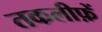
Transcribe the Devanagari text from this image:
तकलीफ़ें